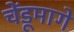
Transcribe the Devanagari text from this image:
चेंडूमागे